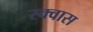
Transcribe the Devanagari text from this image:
स्क्वास